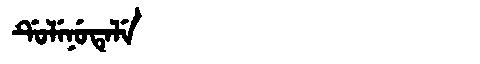
Manchu: ᡩᡠᠯᡝᠨᡠᡨᡝᠯᡝ
Romanization: DULENUTELE